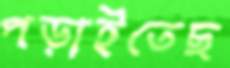
পড়াইতেছ